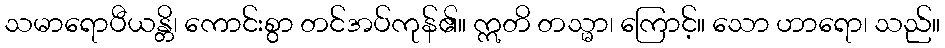
သမာရောပီယန္တိ၊ ကောင်းစွာ တင်အပ်ကုန်၏။ ဣတိ တသ္မာ၊ ကြောင့်။ သော ဟာရော၊ သည်။